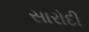
સારોદી